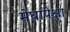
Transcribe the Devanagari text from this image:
मेघापेक्षा